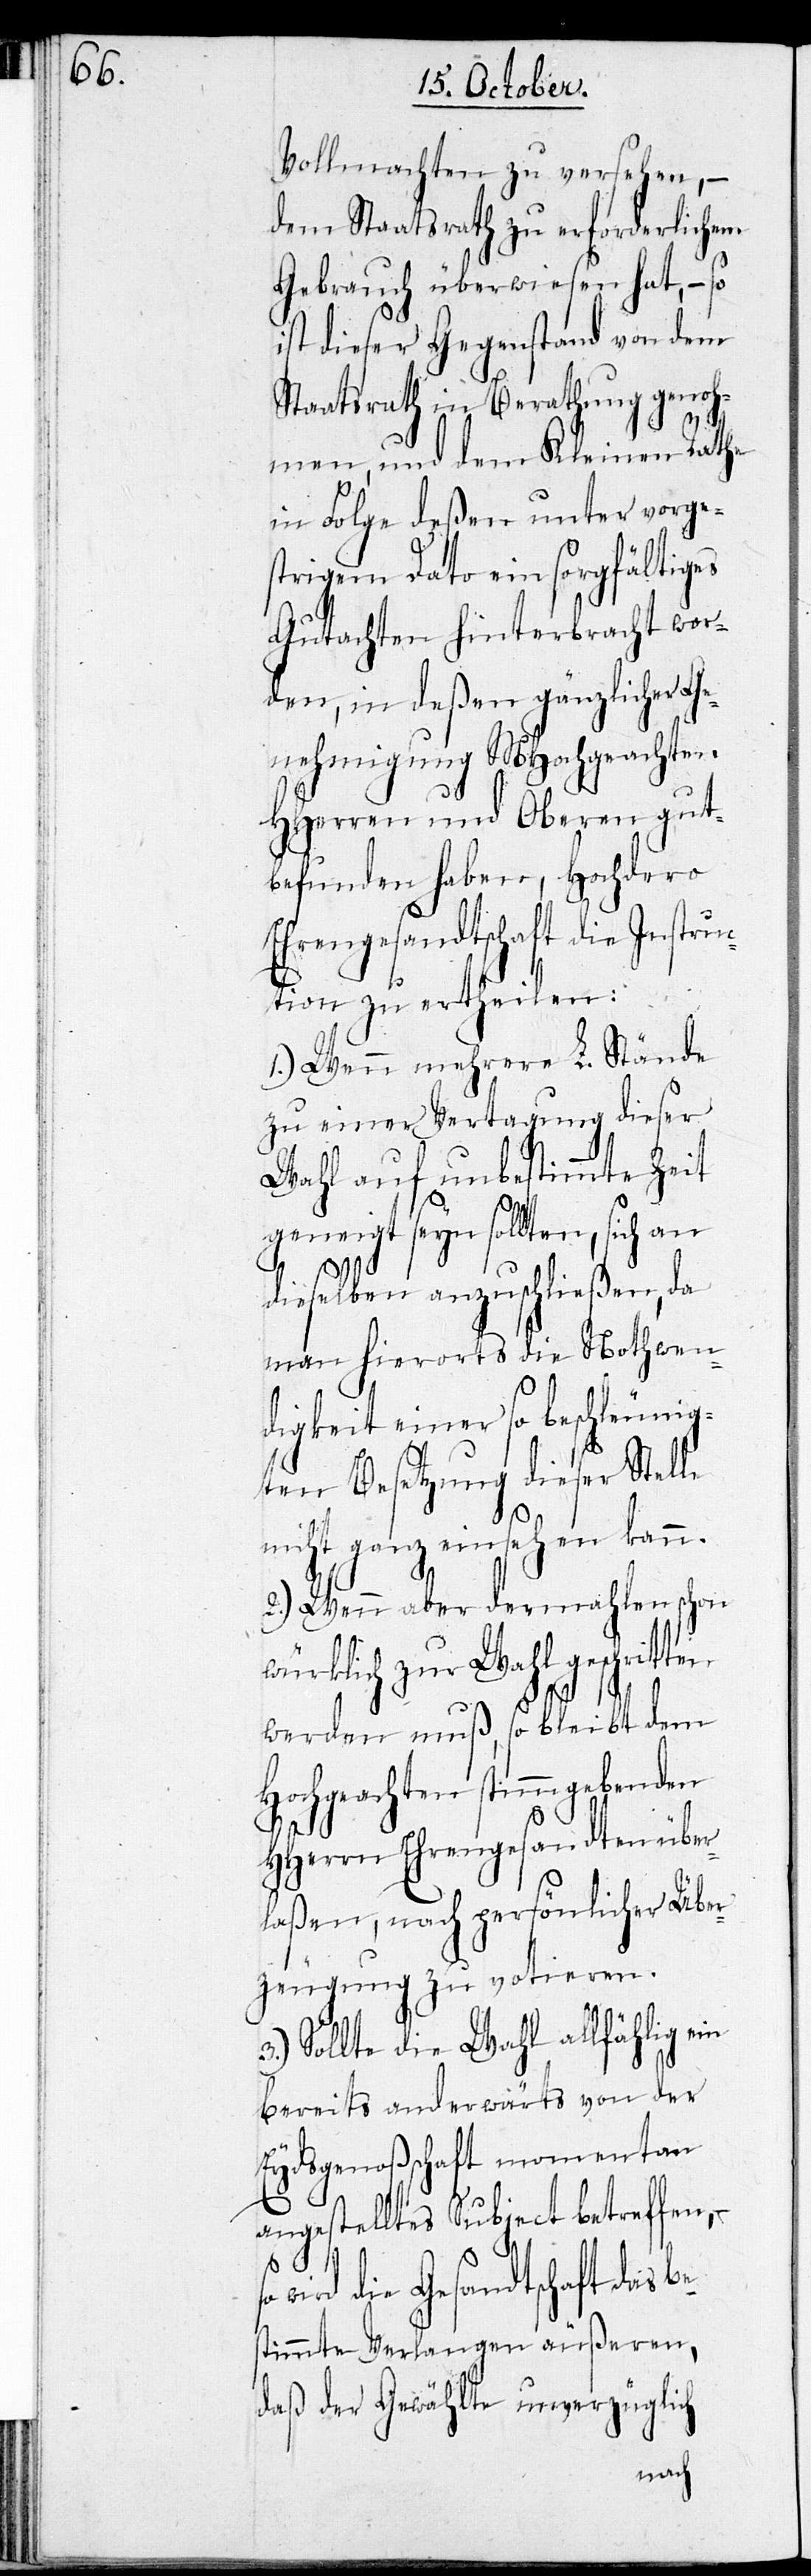
ten

Vollmachten zu versehen, –
dem Staatsrath zu erforderlichem
Gebrauch überwiesen hat, – so
ist dieser Gegenstand von dem
Staatsrath in Berathung genoh¬
men, und dem Kleinen Rathe
in Folge deßen unter vorge¬
strigem Dato ein sorgfältiges
Gutachten hinterbracht wor¬
den, in deßen gänzlicher Ge¬
nehmigung MHochgeachten
HHerren und Oberen gut¬
befunden haben, Hochdero
Ehrengesandtschaft die Instr¬
uction zu ertheilen:
1.) Wenn mehrere L. Stände
zu einer Vertagung dieser
Wahl auf unbestimmte Zeit
geneigt seyn sollten, sich an
dieselben anzuschließen, da
man hierorts die Nothwen¬
digkeit einer so beschleunig¬
ten Besetzung dieser Stelle
nicht ganz einsehen kann.
2.) Wenn aber dermahlen schon
würklich zur Wahl geschrit¬
werden muß, so bleibt dem
Hochgeachten stimmgebenden
HHerrn Ehrengesandten über¬
laßen, nach persönlicher Über¬
zeugung zu votieren.
3.) Sollte die Wahl allfählig ein
bereits anderwärts von der
Eydsgenoßschaft momentan
angestelltes Subject betreffen,
wird die Gesandtschaft das
bestimmte Verlangen äußeren,
daß der Gewählte unverzüglich